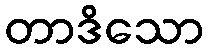
တာဒိသော